Riigikantselei, lk 45
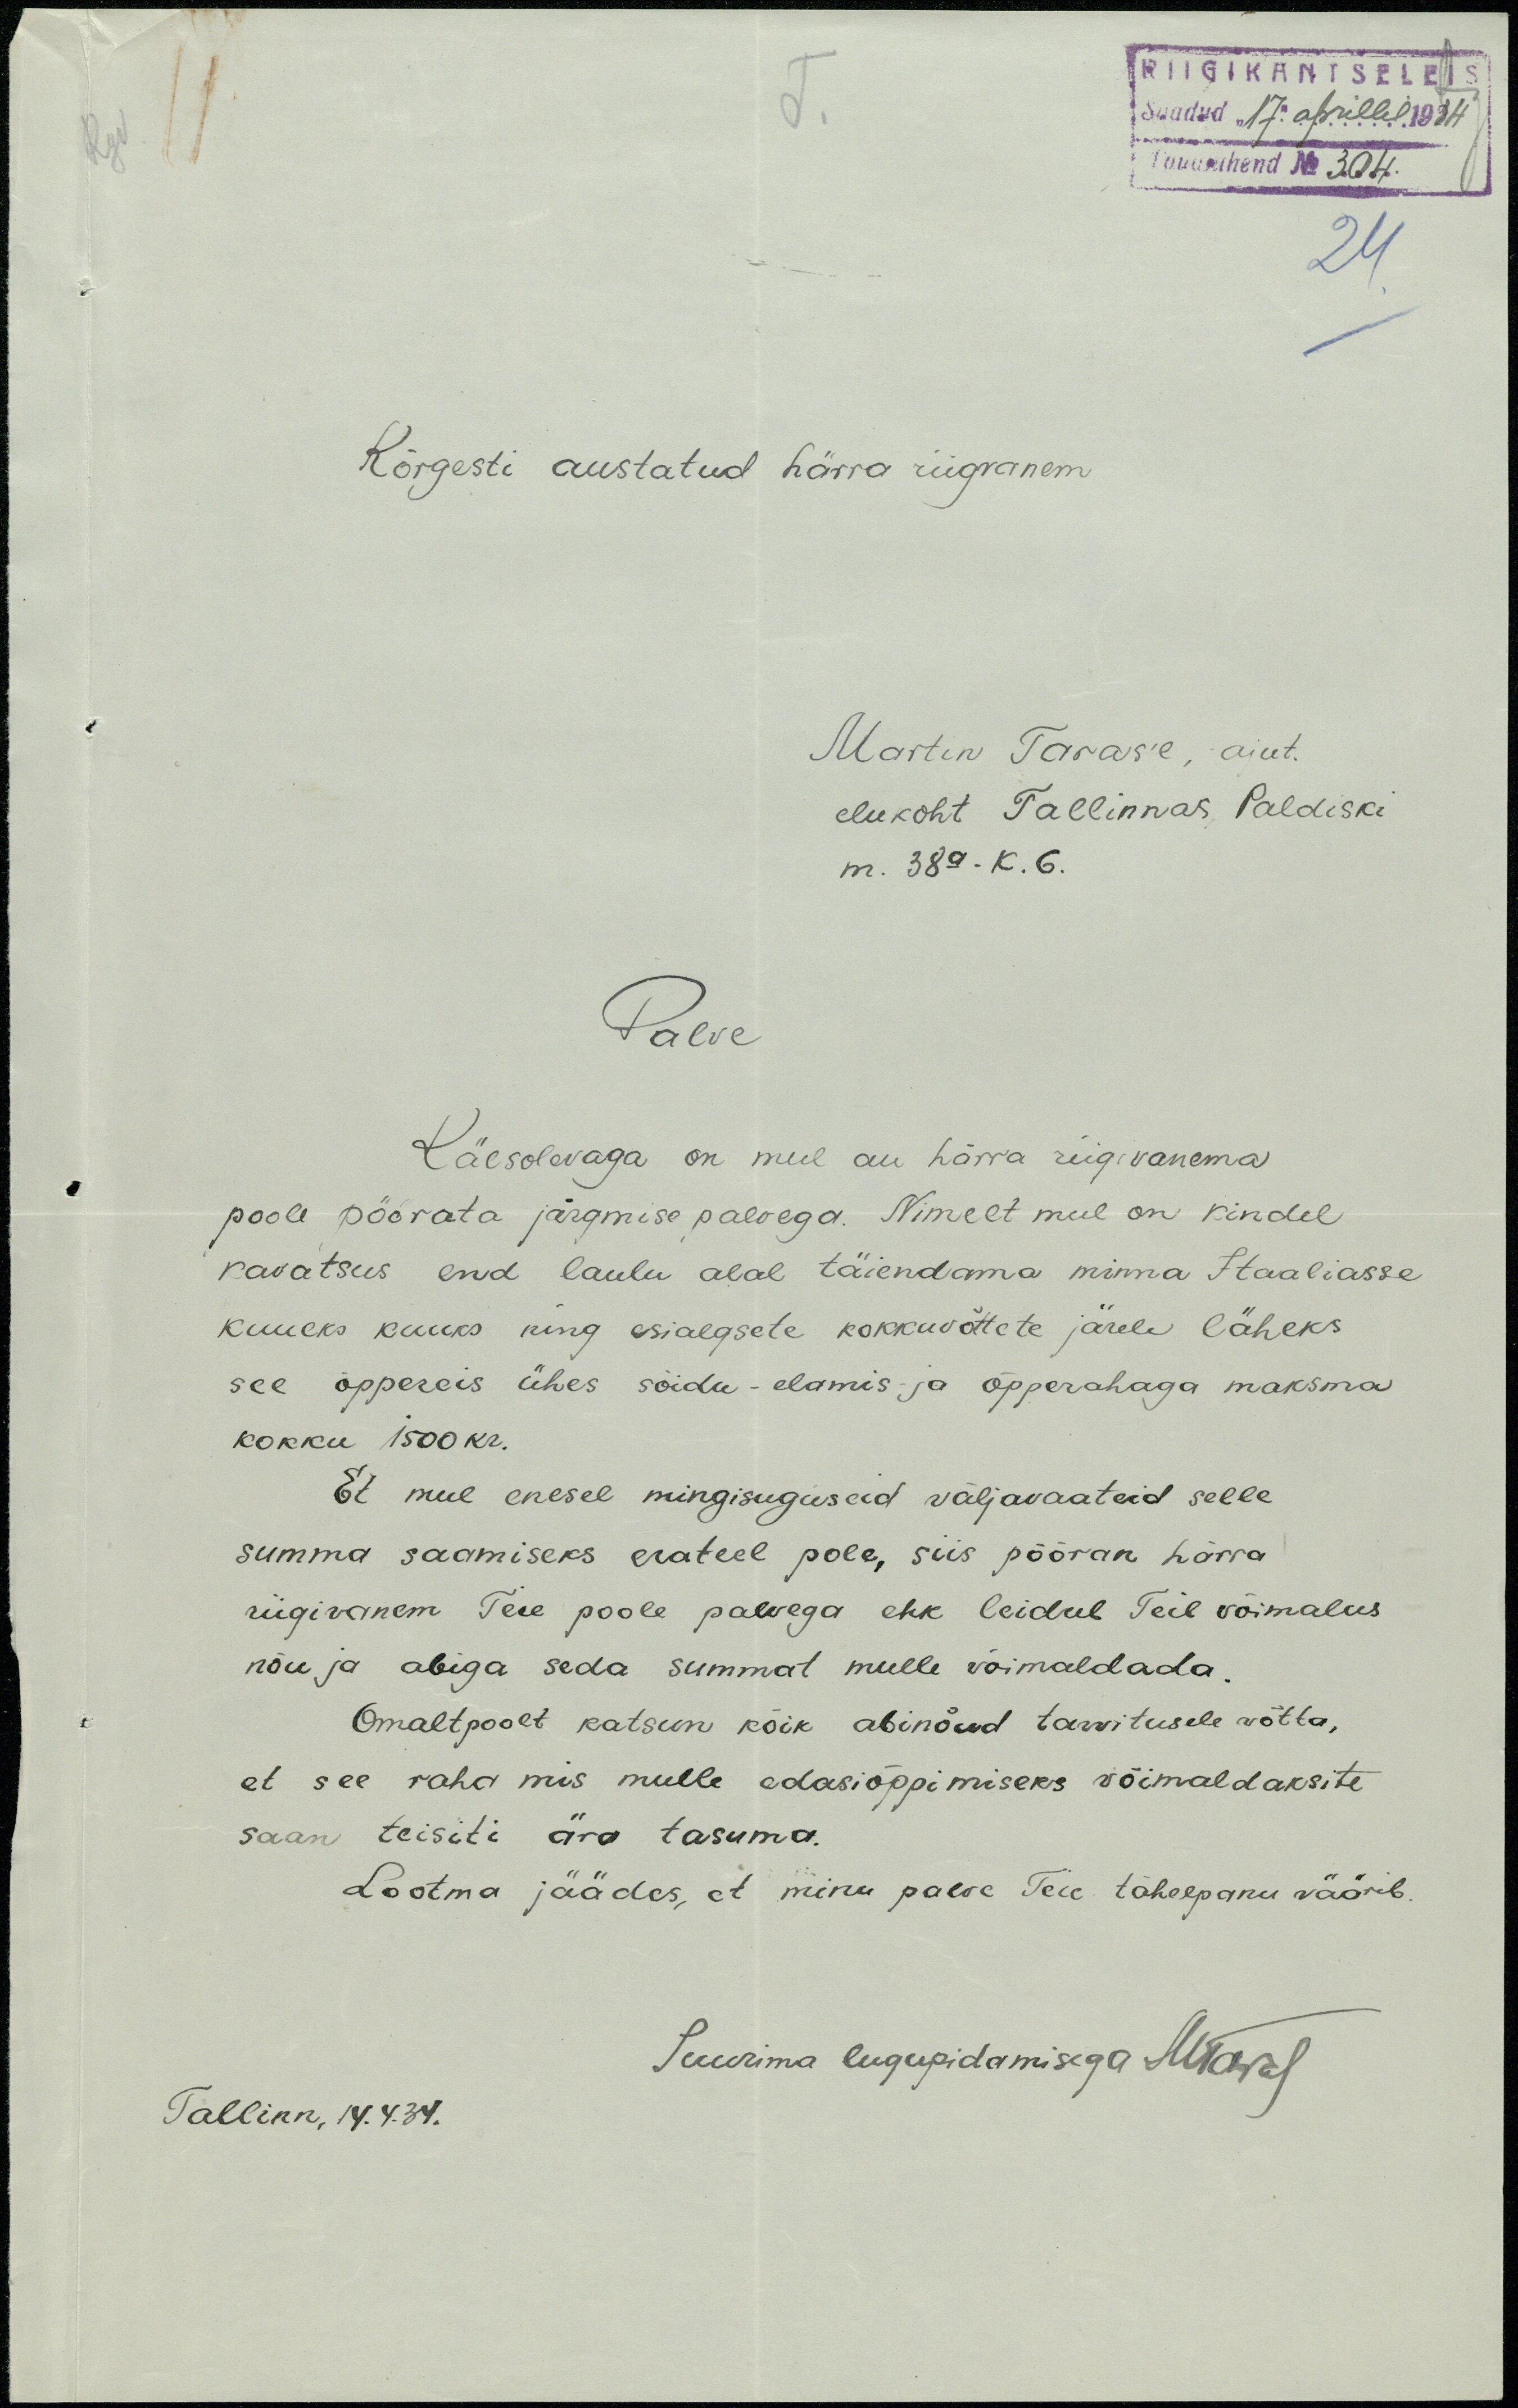
RIIGIKANTSELEIS
Saadud "17" aprillil 1934
Lauajuhend No 304
24
Kõrgesti austatud härra riigvanem
Martin Taras'e, ajut.
elukoht Tallinnas Paldiski
m. 38a. k. 6.
Palve
Käesolevaga on mul au härra riigivanema
poole pöörata järgmise palvega. Nimelt mul on kindel
kavatsus end laulu alal täiendama minna Itaaliasse
kuueks kuuks ning esialgsete kokkuvõttete järele läheks
see õppereis ühes sõidu-elamis ja õpperahaga maksma
kokku 1500 kr.
Et mul enesel mingisugused väljavaateid selle
summa saamiseks erateel pole, siis pööran härra
riigivanem Teie poole palvega ehk leidub Teil võimalus
nõu ja abiga seda summat mulle võimaldada.
Omaltpoolt katsun kõik abinõud tarvitusele võtta,
et see raha mis mulle edasiõppimiseks võimaldaksite
saan teisiti ära tasuma.
Lootma jäädes, et minu palve Teie tähelepanu väärib,
Suurima lugupidamisega
Tallinn, 14.4.34.